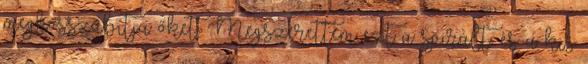
meghosszabítja őket. Megszerettem ezt a spirált, és a kis